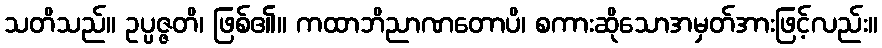
သတိသည်။ ဥပ္ပဇ္ဇတိ၊ ဖြစ်၏။ ကထာဘိညာဏတောပိ၊ စကားဆိုသောအမှတ်အားဖြင့်လည်း။